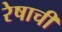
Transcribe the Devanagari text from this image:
रेषाची